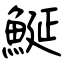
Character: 鯅